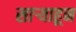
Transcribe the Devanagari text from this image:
साऱ्याहून